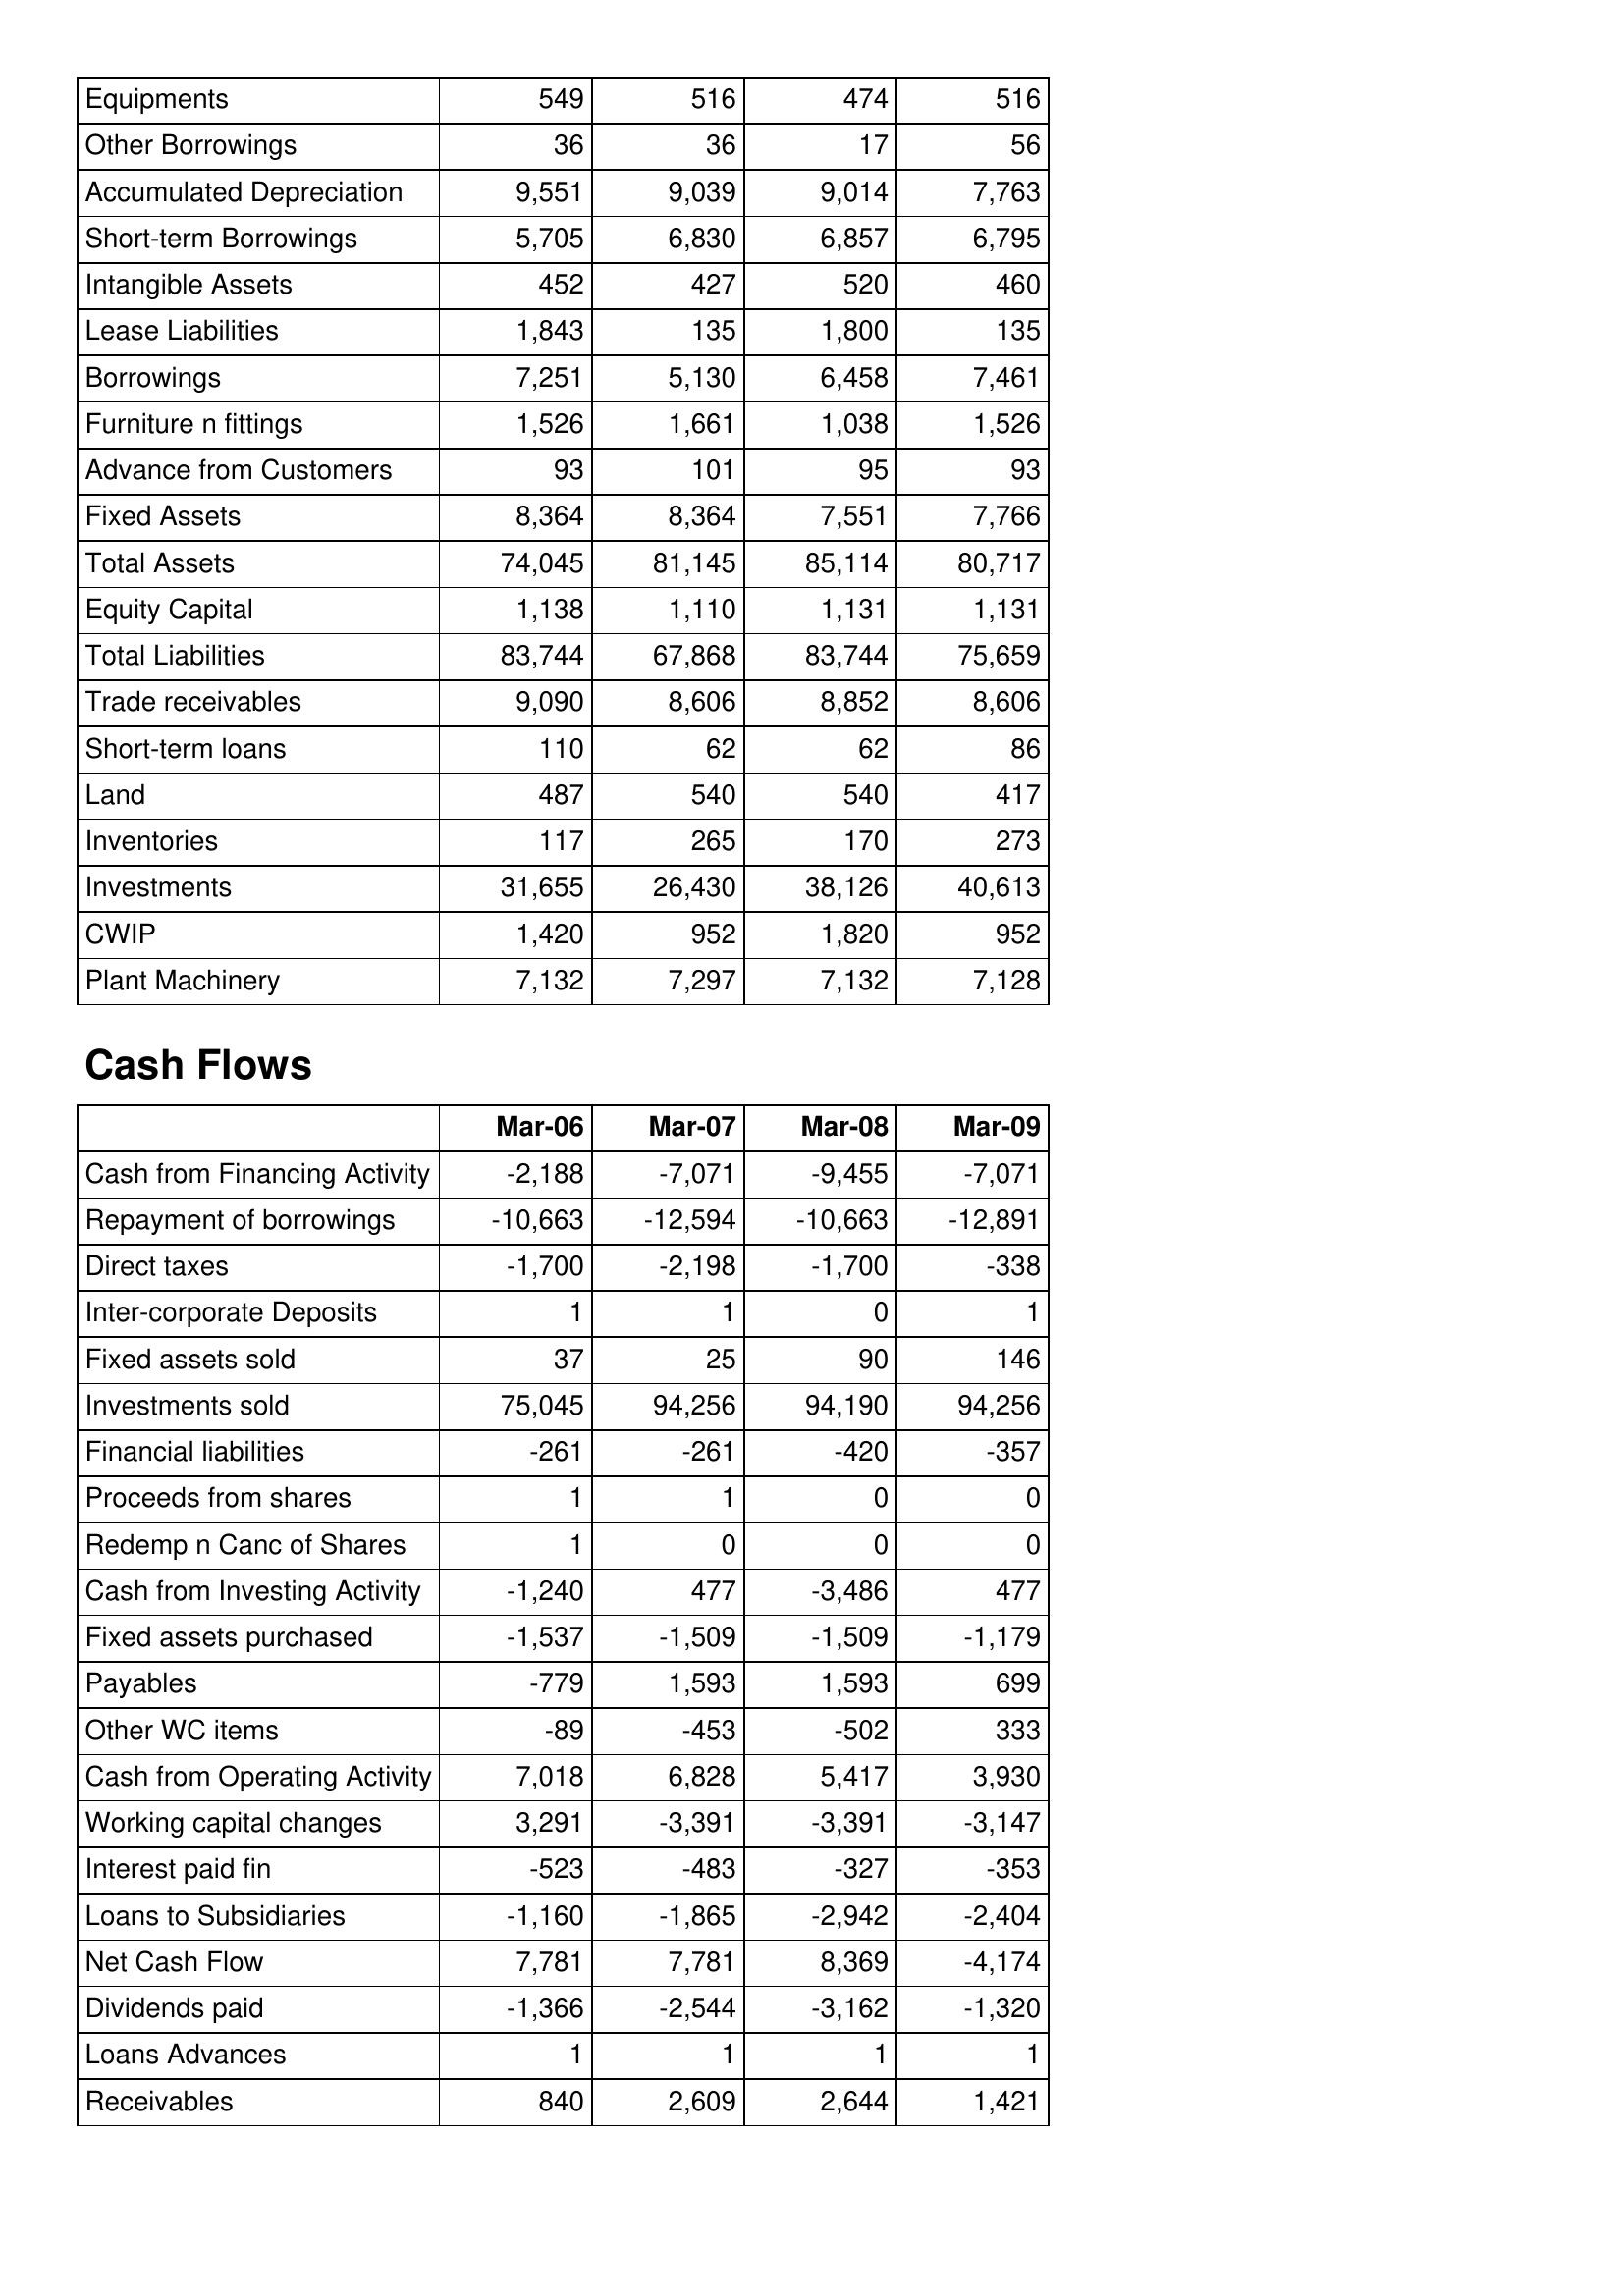
Mar-06: Balance Sheet: Equipments: 549
Other Borrowings: 36
Accumulated Depreciation: 9,551
Short-term Borrowings: 5,705
Intangible Assets: 452
Lease Liabilities: 1,843
Borrowings: 7,251
Furniture n fittings: 1,526
Advance from Customers: 93
Fixed Assets: 8,364
Total Assets: 74,045
Equity Capital: 1,138
Total Liabilities: 83,744
Trade receivables: 9,090
Short-term loans: 110
Land: 487
Inventories: 117
Investments: 31,655
CWIP: 1,420
Plant Machinery: 7,132
Cash Flows: Cash from Financing Activity: -2,188
Repayment of borrowings: -10,663
Direct taxes: -1,700
Inter-corporate Deposits: 1
Fixed assets sold: 37
Investments sold: 75,045
Financial liabilities: -261
Proceeds from shares: 1
Redemp n Canc of Shares: 1
Cash from Investing Activity: -1,240
Fixed assets purchased: -1,537
Payables: -779
Other WC items: -89
Cash from Operating Activity: 7,018
Working capital changes: 3,291
Interest paid fin: -523
Loans to Subsidiaries: -1,160
Net Cash Flow: 7,781
Dividends paid: -1,366
Loans Advances: 1
Receivables: 840
Mar-07: Balance Sheet: Equipments: 516
Other Borrowings: 36
Accumulated Depreciation: 9,039
Short-term Borrowings: 6,830
Intangible Assets: 427
Lease Liabilities: 135
Borrowings: 5,130
Furniture n fittings: 1,661
Advance from Customers: 101
Fixed Assets: 8,364
Total Assets: 81,145
Equity Capital: 1,110
Total Liabilities: 67,868
Trade receivables: 8,606
Short-term loans: 62
Land: 540
Inventories: 265
Investments: 26,430
CWIP: 952
Plant Machinery: 7,297
Cash Flows: Cash from Financing Activity: -7,071
Repayment of borrowings: -12,594
Direct taxes: -2,198
Inter-corporate Deposits: 1
Fixed assets sold: 25
Investments sold: 94,256
Financial liabilities: -261
Proceeds from shares: 1
Redemp n Canc of Shares: 0
Cash from Investing Activity: 477
Fixed assets purchased: -1,509
Payables: 1,593
Other WC items: -453
Cash from Operating Activity: 6,828
Working capital changes: -3,391
Interest paid fin: -483
Loans to Subsidiaries: -1,865
Net Cash Flow: 7,781
Dividends paid: -2,544
Loans Advances: 1
Receivables: 2,609
Mar-08: Balance Sheet: Equipments: 474
Other Borrowings: 17
Accumulated Depreciation: 9,014
Short-term Borrowings: 6,857
Intangible Assets: 520
Lease Liabilities: 1,800
Borrowings: 6,458
Furniture n fittings: 1,038
Advance from Customers: 95
Fixed Assets: 7,551
Total Assets: 85,114
Equity Capital: 1,131
Total Liabilities: 83,744
Trade receivables: 8,852
Short-term loans: 62
Land: 540
Inventories: 170
Investments: 38,126
CWIP: 1,820
Plant Machinery: 7,132
Cash Flows: Cash from Financing Activity: -9,455
Repayment of borrowings: -10,663
Direct taxes: -1,700
Inter-corporate Deposits: 0
Fixed assets sold: 90
Investments sold: 94,190
Financial liabilities: -420
Proceeds from shares: 0
Redemp n Canc of Shares: 0
Cash from Investing Activity: -3,486
Fixed assets purchased: -1,509
Payables: 1,593
Other WC items: -502
Cash from Operating Activity: 5,417
Working capital changes: -3,391
Interest paid fin: -327
Loans to Subsidiaries: -2,942
Net Cash Flow: 8,369
Dividends paid: -3,162
Loans Advances: 1
Receivables: 2,644
Mar-09: Balance Sheet: Equipments: 516
Other Borrowings: 56
Accumulated Depreciation: 7,763
Short-term Borrowings: 6,795
Intangible Assets: 460
Lease Liabilities: 135
Borrowings: 7,461
Furniture n fittings: 1,526
Advance from Customers: 93
Fixed Assets: 7,766
Total Assets: 80,717
Equity Capital: 1,131
Total Liabilities: 75,659
Trade receivables: 8,606
Short-term loans: 86
Land: 417
Inventories: 273
Investments: 40,613
CWIP: 952
Plant Machinery: 7,128
Cash Flows: Cash from Financing Activity: -7,071
Repayment of borrowings: -12,891
Direct taxes: -338
Inter-corporate Deposits: 1
Fixed assets sold: 146
Investments sold: 94,256
Financial liabilities: -357
Proceeds from shares: 0
Redemp n Canc of Shares: 0
Cash from Investing Activity: 477
Fixed assets purchased: -1,179
Payables: 699
Other WC items: 333
Cash from Operating Activity: 3,930
Working capital changes: -3,147
Interest paid fin: -353
Loans to Subsidiaries: -2,404
Net Cash Flow: -4,174
Dividends paid: -1,320
Loans Advances: 1
Receivables: 1,421